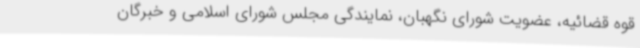
قوه قضائیه، عضویت شورای نگهبان، نمایندگی مجلس شورای اسلامی و خبرگان